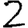
Digit: 2